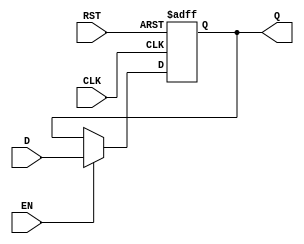
module IntermediateRegister #(
    parameter DATA_WIDTH = 8 // Parameter to define the width of the data input
)(
    input wire [DATA_WIDTH-1:0] D,    // Data input
    input wire CLK,                    // Clock signal
    input wire EN,                     // Enable signal
    input wire RST,                    // Asynchronous reset signal
    output reg [DATA_WIDTH-1:0] Q      // Data output
);

// Always block triggered on clock edge or reset
always @(posedge CLK or posedge RST) begin
    if (RST) begin
        Q <= {DATA_WIDTH{1'b0}}; // Asynchronous reset to zero
    end else if (EN) begin
        Q <= D; // Capture data on rising edge of CLOCK if ENABLE is high
    end
    // If EN is low, Q retains its previous value.
end

endmodule